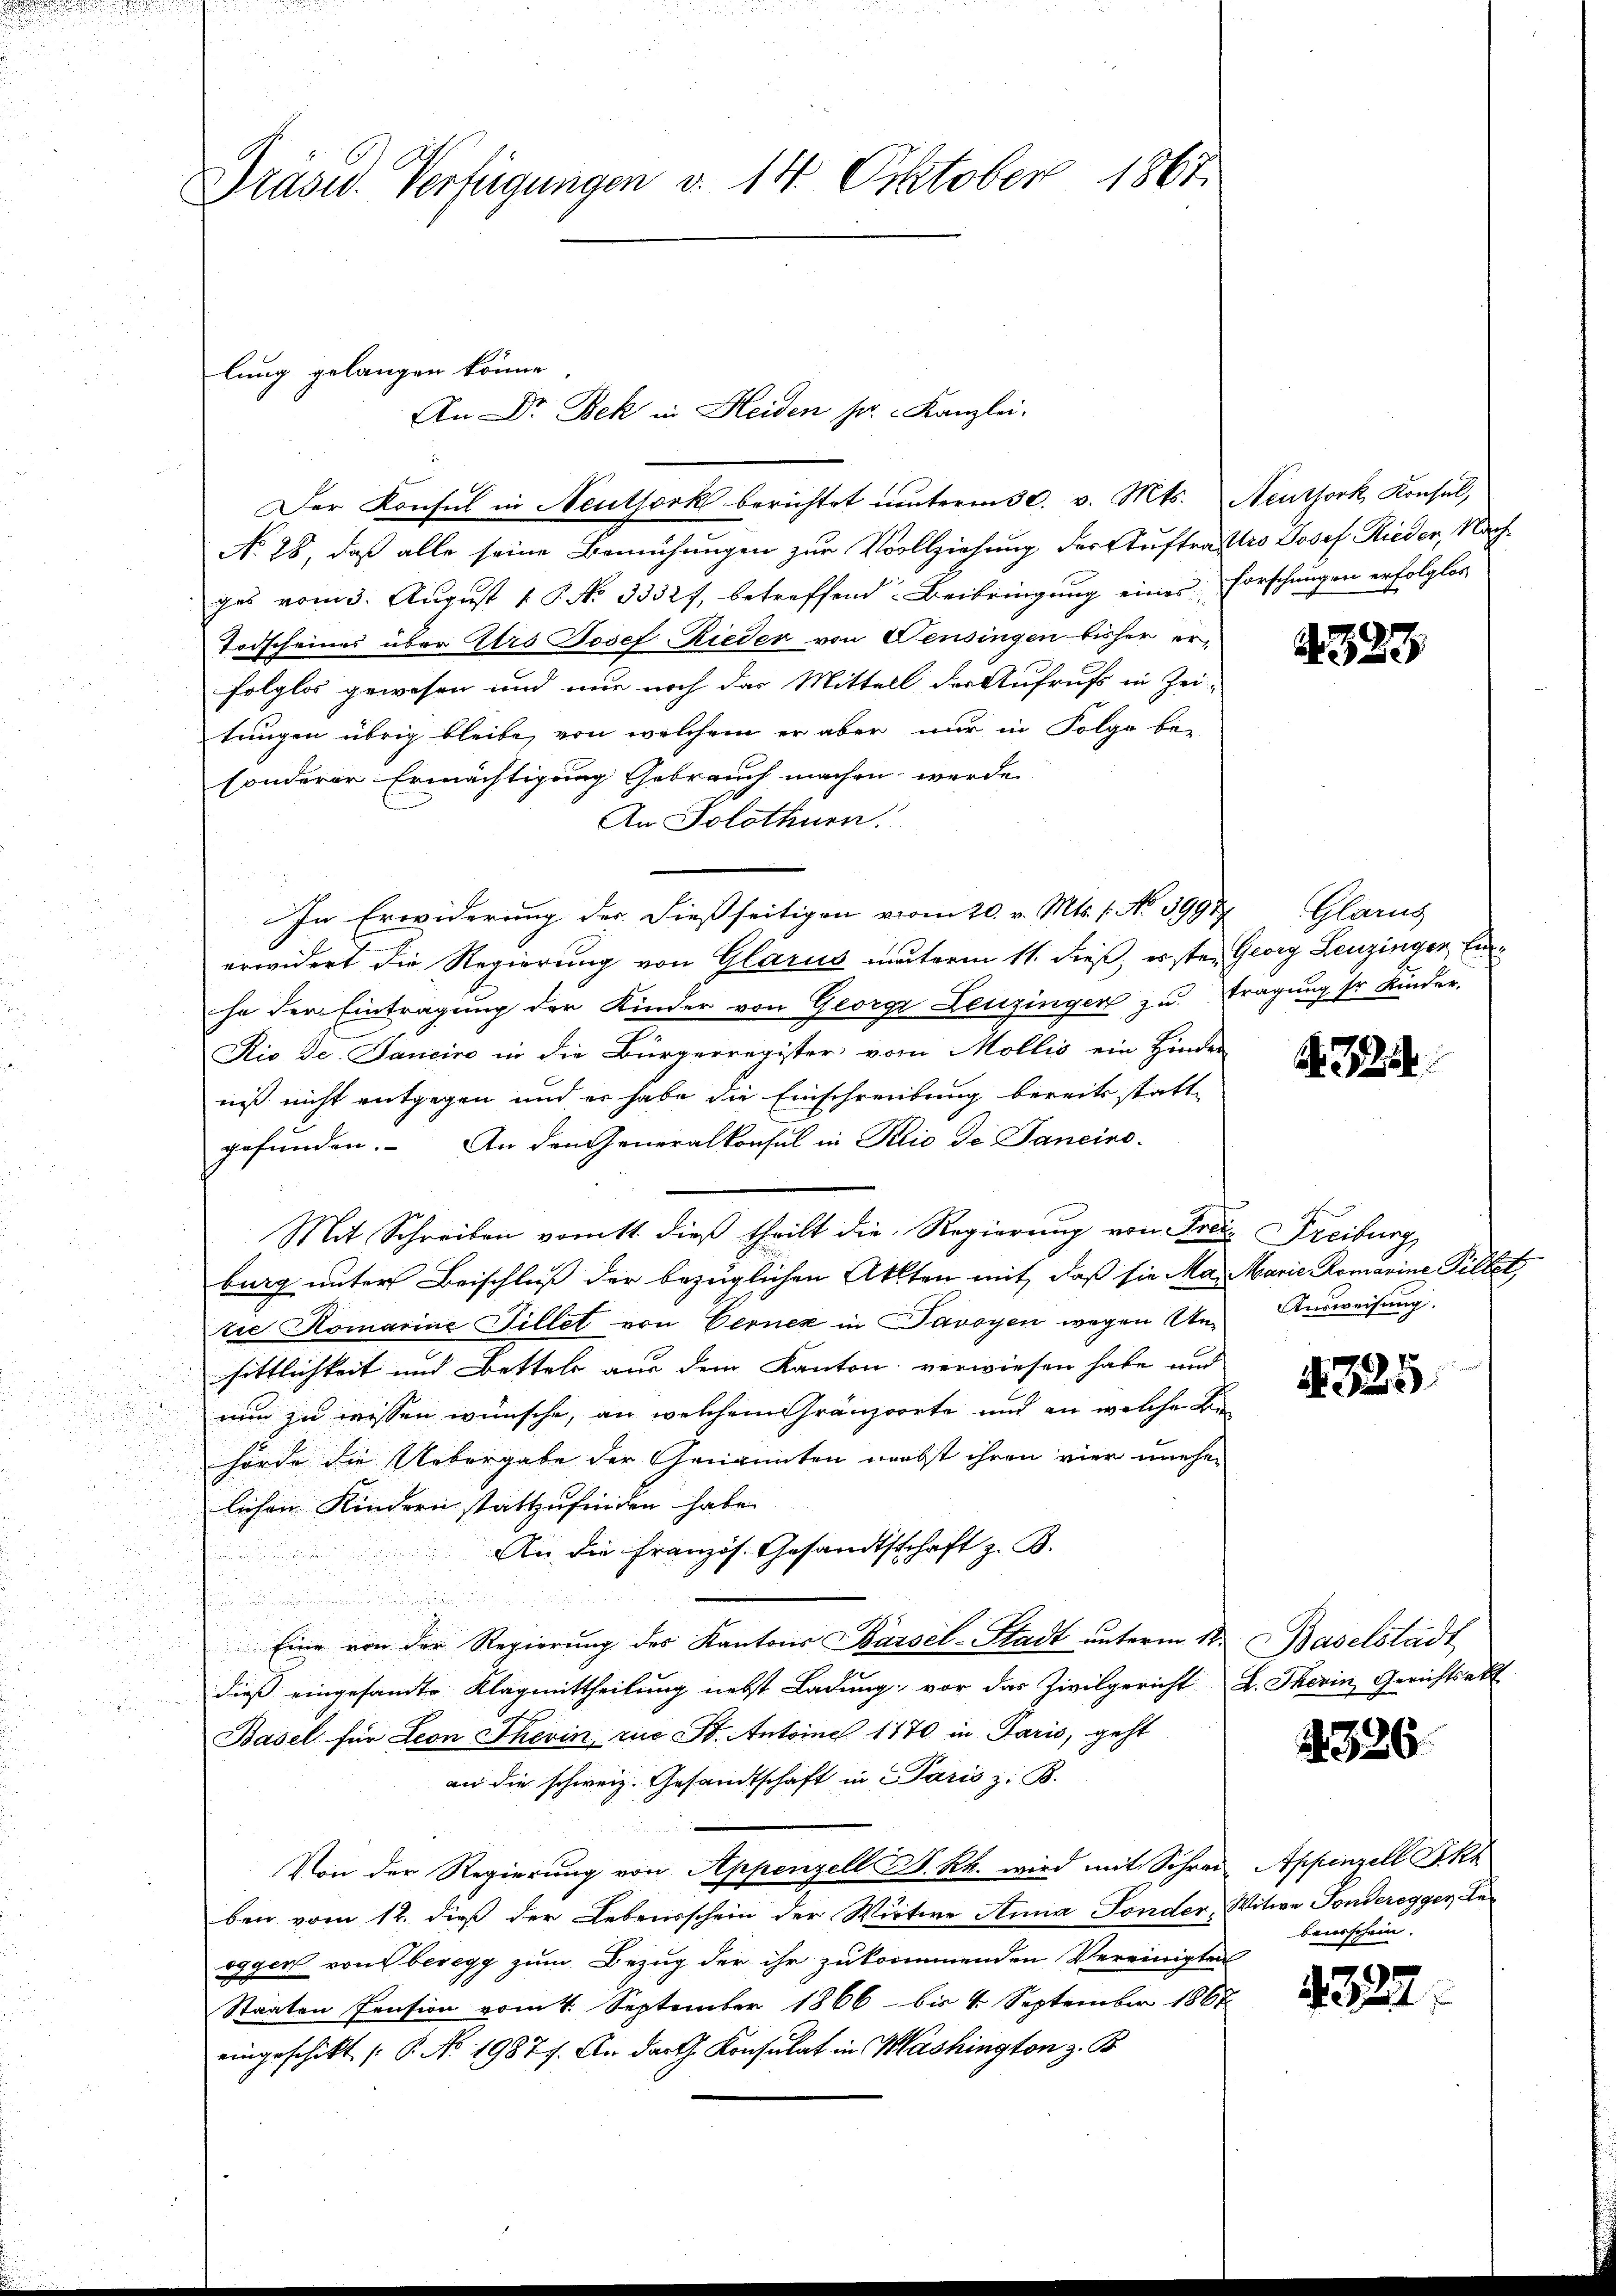
.
d

Der Konsul in Neuthork berichtet unterm 30. v. Mts. Neuthork, Konsul,
No 28, daß alle seine Bemühungen zur Vollziehung der Auftratio Josef Rieder, Nachges vom 3. August 18. No 33327, betreffend Beibringung eines Forschungen erfolglos
Todscheines über Urs Josef Rieder von Wensingen bisher erfolglos gewesen und nur noch das Mittell der Aufrufs in Zei-
tungen übrig bleibe, von welchem er aber nur in Folge be-
sonderer Ermächtigung Gebrauch machen werde.
An Solothurn.
In Erwiderung der dießseitigen vom 20. v. Mts. 1. No 3997 Glarus
erwidert die Regierung von Glarus unterm 11. dieß, erste Georg Leuzinger Einha der Eintragung der Kinder von George Leuzinger zu tragung sr Kinder.
Rio de. Janeiro in die Bürgerregister vom Mollis ein Hinder
niß nicht entgegen und er habe die Einschreibung bereits statte
gefunden. An den Generalkonsul in Klio de Janeiro-
Mit Schreiben vom 11. dieß theilt die Regierung von Frei Freiburg,
burg unter Beischluß der bezüglichen Akten mit, daß sie Ma Marie Romarine Pillet,
tie Komarine Fillet von Vernex in Savoyen wegen Unsittlichkeit und Bettels aus dem Kanton verwiesen habe und
nun zu wissen wünsche, an welchem Gränzerrte und an welche Be-
hörde die Uebergabe der Genannten nebst ihren vier unehen
lichen Kindern stattzufinden habe.
An die Französ. Gesandtschaft z. B.
.
 Eine von der Regierung des Kantons Barsel-Stadt unterm 18.
dieß eingesamte Klagmittheilung nebst Ladung; vor das Zivilgericht L. Thorin Gerichtsakt
Basel für Leon Thevin, zu St. Antoine 1770 in Paris, geht
an die schweiz. Gesandtschaft in Paris z. B.
Von der Regierung von Appenzell B. Rh. wird mit Schrei-
ben vom 12. dieß der Lebensschein der Wirtie Anna Fonder, Witwe Fonderegger Beogger von beregg zum Bezug der ihr zukommenden Vereinigten
Staaten Pension vom 4. September 1866 bis 4 September 1867
eingeschikt /: P. No. 19877. An darth Konsulat in Mashington z. B.

Präsid. Verfügungen d. 14. Oktober 1867.

lung gelangen könne.
An Dr. Bek in Heiden pr. Kanzlei.

A 323

A 325

Ausweisung.

325

Baselstadt

A. 326.

Appenzell Akt
bensschein.

4322.